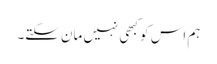
ہم اس کو کبھی نہیں مان سکتے۔